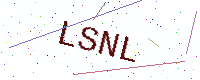
Text: LSNL